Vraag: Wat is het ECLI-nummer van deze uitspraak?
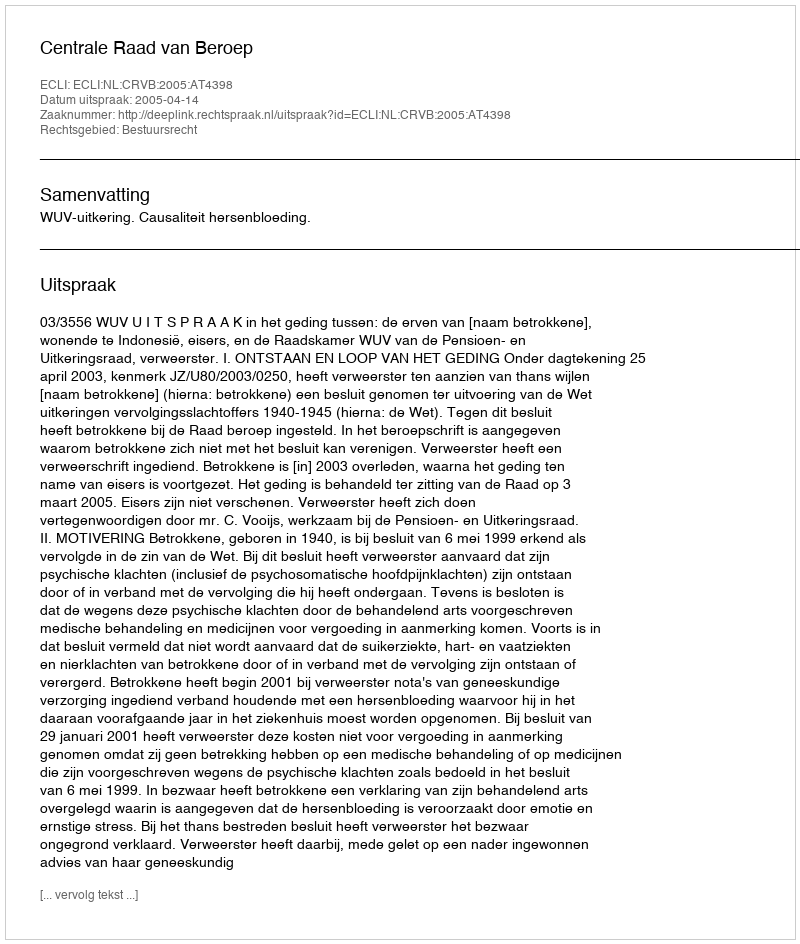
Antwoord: ECLI:NL:CRVB:2005:AT4398